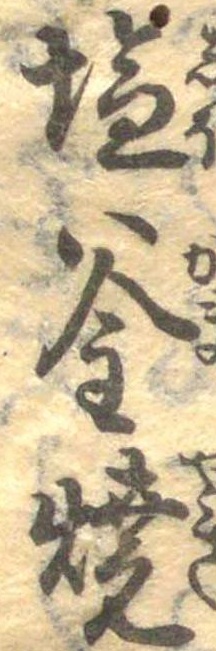
塩釜焼